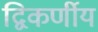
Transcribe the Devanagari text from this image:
द्विकर्णीय